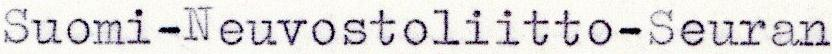
Suomi-Neuvostoliitto-Seuran